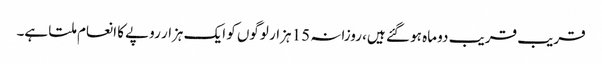
قریب قریب دو ماہ ہو گئے ہیں، روزانہ 15 ہزار لوگوں کو ایک ہزار روپے کا انعام ملتا ہے۔